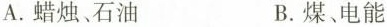
A.蜡烛、石油 B.煤、电能